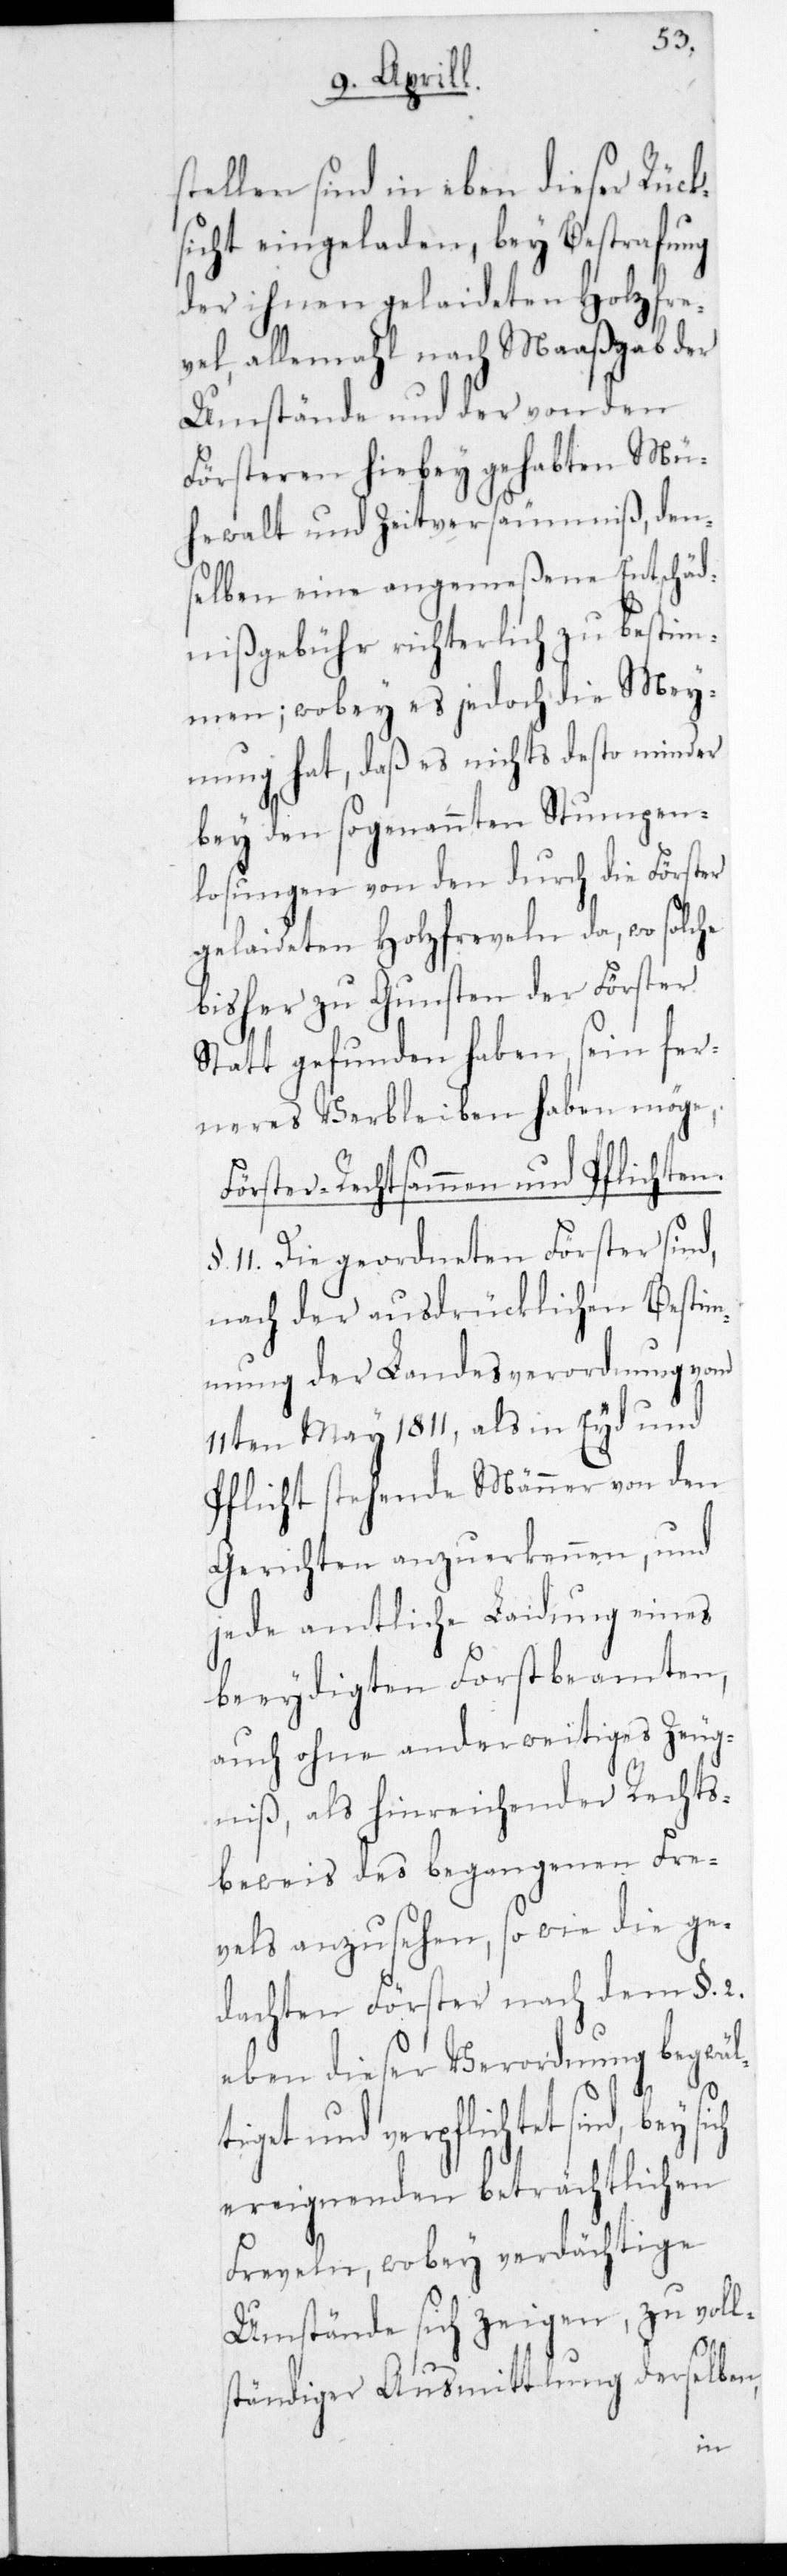
stellen sind in eben dieser Rück¬
sicht eingeladen, bey Bestrafung
der ihnen gelaideten Holzfre¬
vel, allemahl nach Maaßgab der
Umstände und der von den
Försteren hiebey gehabten Mü¬
hewalt und Zeitversäumniß, den¬
selben eine angemeßene Entschäd¬
nißgebühr richterlich zu bestim¬
men; wobey es jedoch die Mey¬
nung hat, daß es nichts desto minder
bey den sogenannten Stumpen¬
losungen von den durch die Förster
gelaideten Holzfreveln da, wo solche
bisher zu Gunsten der Förster
Statt gefunden haben, sein fer¬
neres Verbleiben haben möge.
Förster-Rechtsammen und Pflichten.
11. Die geordneten Förster sind,
nach der ausdrücklichen Bestim¬
mung der Landesverordnung vom
11ten May 1811, als in Eyd und
Pflicht stehende Männer von den
Gerichten anzuerkennen, und
jede amtliche Laidung eines
beeidigten Forstbeamten,
auch ohne anderweitiges Zeug¬
niß, als hinreichender Rechts¬
beweis des begangenen Fre¬
vels anzusehn, sowie die ge¬
dachten Förster nach dem §. 2.
eben dieser Verordnung begwäl¬
tiget und verpflichtet sind, bey
ereignenden beträchtlichen
Freveln, wobey verdächtige
Umstände sich zeigen, zu voll¬
ständiger Ausmittlung derselben,